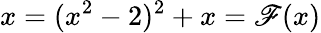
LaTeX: x=(x^{2}-2)^{2}+x=\mathscr{F}(x)